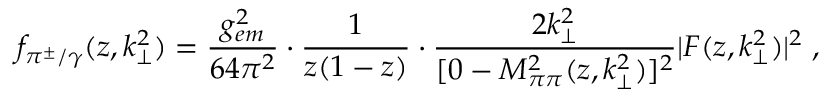
f _ { \pi ^ { \pm } / \gamma } ( z , k _ { \perp } ^ { 2 } ) = \frac { g _ { e m } ^ { 2 } } { 6 4 \pi ^ { 2 } } \cdot \frac { 1 } { z ( 1 - z ) } \cdot \frac { 2 k _ { \perp } ^ { 2 } } { [ 0 - M _ { \pi \pi } ^ { 2 } ( z , k _ { \perp } ^ { 2 } ) ] ^ { 2 } } | F ( z , k _ { \perp } ^ { 2 } ) | ^ { 2 } \; ,